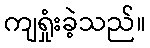
ကျရှုံးခဲ့သည်။